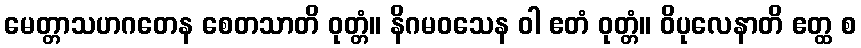
မေတ္တာသဟဂတေန စေတသာတိ ဝုတ္တံ။ နိဂမဝသေန ဝါ ဧတံ ဝုတ္တံ။ ဝိပုလေနာတိ ဧတ္ထ စ